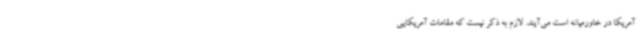
آمریکا در خاورمیانه است می‌آیند. لازم به ذکر نیست که مقامات آمریکایی